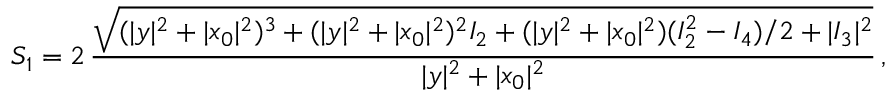
S _ { 1 } = 2 \, \frac { \sqrt { ( | y | ^ { 2 } + | x _ { 0 } | ^ { 2 } ) ^ { 3 } + ( | y | ^ { 2 } + | x _ { 0 } | ^ { 2 } ) ^ { 2 } I _ { 2 } + ( | y | ^ { 2 } + | x _ { 0 } | ^ { 2 } ) ( I _ { 2 } ^ { 2 } - I _ { 4 } ) / 2 + | I _ { 3 } | ^ { 2 } } } { | y | ^ { 2 } + | x _ { 0 } | ^ { 2 } } \, ,